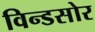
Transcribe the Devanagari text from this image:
विन्डसोर